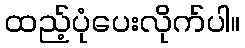
ထည့်ပုံပေးလိုက်ပါ။